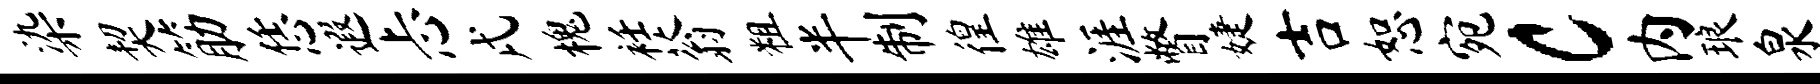
染契筋恁遐忐戌槐衽蓊粗半制徨雄涯瞥婕吉恕宛c内琅泉